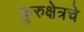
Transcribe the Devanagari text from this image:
कुरुक्षेत्रचे